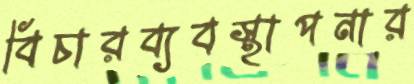
বিচারব্যবস্থাপনার